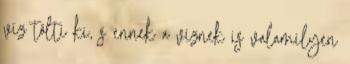
víz tölti ki, s ennek a víznek is valamilyen